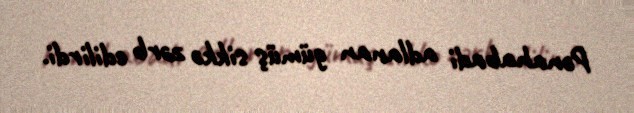
Pənahabadi adlanan gümüş sikkə zərb edilirdi.